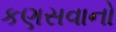
કણસવાનો